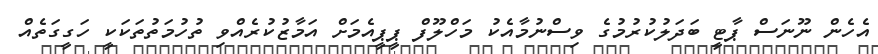
އެހެން ނޫނަސް ޕާޓީ ބަދަލުކުރުމުގެ ވިސްނުމާއެކު މަހްލޫފް ޕީޕީއެމަށް އަމާޒުކުރެއްވި ތުހުމަތުތަކަކީ ހަގީގަތެއް